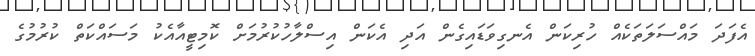
އެފަދަ މައްސަލަތަކެއް ހުރިކަން އެނގިވަޑައިގެން އަދި އެކަން އިސްލާހުކުރުމަށް ކޮމިޓީއާއެކު މަސައްކަތް ކުރުމުގެ